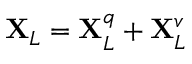
\mathbf { X } _ { L } = \mathbf { X } _ { L } ^ { q } + \mathbf { X } _ { L } ^ { v }